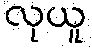
လုယူ